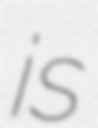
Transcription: is